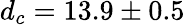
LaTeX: d_{c}=13.9\pm 0.5